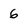
Character: 6